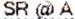
SR @ A